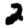
Digit: 2